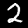
Digit: 2